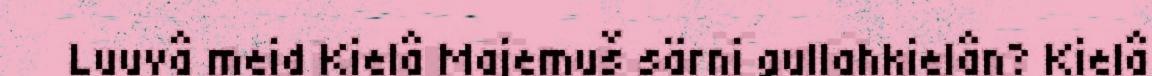
Luuvâ meid Kielâ Majemuš särni gullahkielân? Kielâ